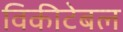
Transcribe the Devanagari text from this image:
विकीटेबल